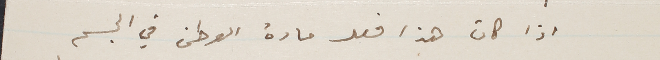
اذا كان هذا فعل فعل مادة الوطن في الجسم